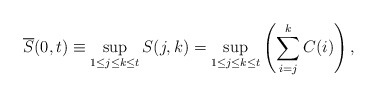
\begin{align*}\overline{S}(0,t) \equiv \sup_{{1}\le{j}\le{k}\le{t}}S(j,k) = \sup_{{1}\le{j}\le{k}\le{t}}\left(\sum\limits_{i=j}\limits^{k}{C(i)}\right),\end{align*}